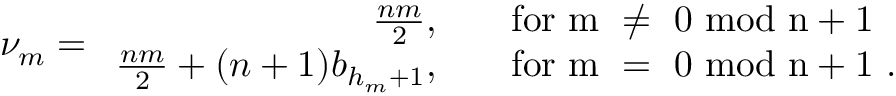
\nu _ { m } = \begin{array} { r l } { { \frac { n m } { 2 } , } } & { { \quad \mathrm { f o r ~ m ~ \ne ~ 0 ~ m o d ~ n + 1 ~ } } } \\ { { \frac { n m } { 2 } + ( n + 1 ) b _ { h _ { m } + 1 } , } } & { { \quad \mathrm { f o r ~ m ~ = ~ 0 ~ m o d ~ n + 1 ~ } . } } \end{array}